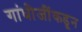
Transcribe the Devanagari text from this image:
गांधीजींकडून